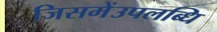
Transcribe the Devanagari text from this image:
जिसमेंउपलब्धि